Black-water fever - Number 35
Disease focus: Fever
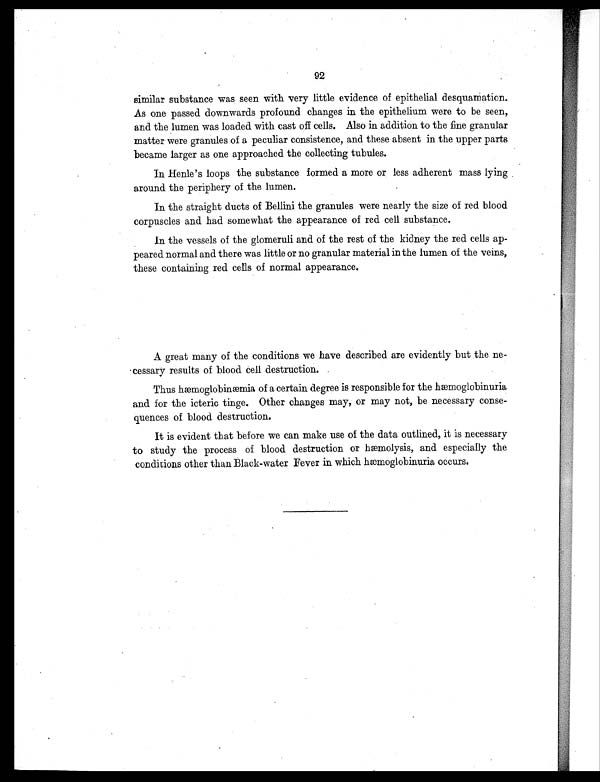
92
similar substance was seen with very little evidence of epithelial desquamation.
As one passed downwards profound changes in the epithelium were to be seen,
and the lumen was loaded with cast off cells. Also in addition to the fine granular
matter were granules of a peculiar consistence, and these absent in the upper parts
became larger as one approached the collecting tubules.
In Henle's loops the substance formed a more or less adherent mass lying
around the periphery of the lumen.
In the straight ducts of Bellini the granules were nearly the size of red blood
corpuscles and had somewhat the appearance of red cell substance.
In the vessels of the glomeruli and of the rest of the kidney the red cells ap-
peared normal and there was little or no granular material in the lumen of the veins,
these containing red cells of normal appearance.
A great many of the conditions we have described are evidently but the ne-
cessary results of blood cell destruction.
Thus hæmoglobinæmia of a certain degree is responsible for the hæmoglobinuria
and for the icteric tinge. Other changes may, or may not, be necessary conse-
quences of blood destruction.
It is evident that before we can make use of the data outlined, it is necessary
to study the process of blood destruction or hæmolysis, and especially the
conditions other than Black-water Fever in which hæmoglobinuria occurs.